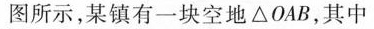
图所示，某镇有一块空地△OAB，其中